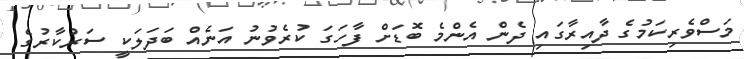
މަސްވެރިކަމުގެ ދާއިރާގައި ދެން އެންމެ ބޮޑަށް ފާހަގަ ކުރެވުނު އަނެއް ބަދަލަކީ ސަރުކާރުގެ